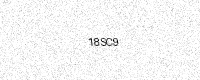
Text: 18SC9